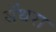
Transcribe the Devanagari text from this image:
सेंथरा